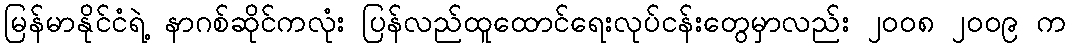
မြန်မာနိုင်ငံရဲ့ နာဂစ်ဆိုင်ကလုံး ပြန်လည်ထူထောင်ရေးလုပ်ငန်းတွေမှာလည်း ၂၀၀၈ ၂၀၀၉ က